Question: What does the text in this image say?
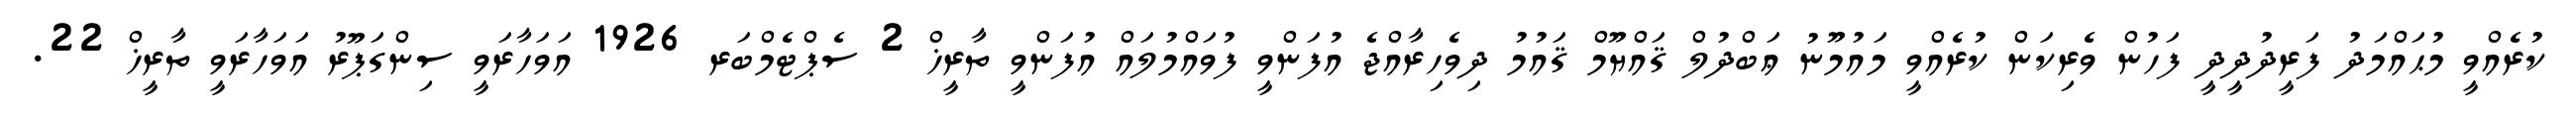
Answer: ކުރެއްވީ މުޙައްމަދު ފަރީދުދީދީ ފަހުން ވެރިކަން ކުރެއްވީ މައުމޫނު ޢަބްދުލް ޤައްޔޫމް ޤައުމު ދިވެހިރާއްޖެ އުފަންވީ ފުވައްމުލައް އުފަންވީ ތާރީޚް 2 ސެޕްޓެމްބަރ 1926 އަވަހާރަވީ ސިންގަޕޫރު އަވަހާރަވީ ތާރީޚް 22.